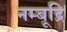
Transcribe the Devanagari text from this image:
नम्बूद्रि